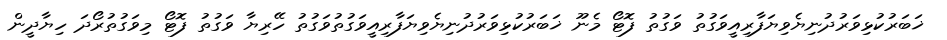
ޚަބަރުކުޅިވަރުދުނިޔެވިޔަފާރިއީވަގުތު ވަގުތު ފޮޓޯ މެނޫ ޚަބަރުކުޅިވަރުދުނިޔެވިޔަފާރިއީވަގުތުވަގުތު ހޭރިޔާ ވަގުތު ފޮޓޯ މިވަގުތުރޯދަ ހިޔާދީން